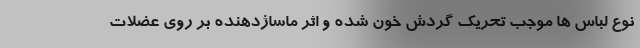
نوع لباس ها موجب تحریک گردش خون شده و اثر ماساژدهنده بر روی عضلات